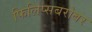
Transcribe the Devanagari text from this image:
फिलिप्सबरोबर